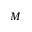
M